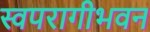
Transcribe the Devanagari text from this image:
स्वपरागीभवन